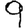
Digit: 9